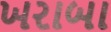
ખરાબા